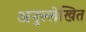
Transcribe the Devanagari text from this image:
अनुल्लेखित